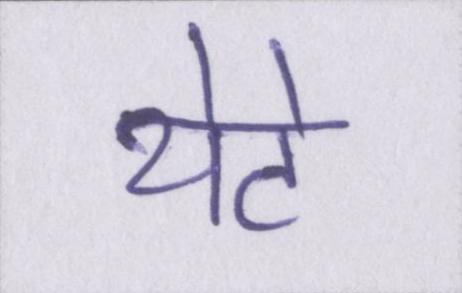
थेटे